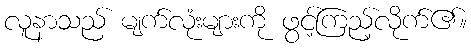
လူနာသည် မျက်လုံးများကို ဖွင့်ကြည့်လိုက်၏။